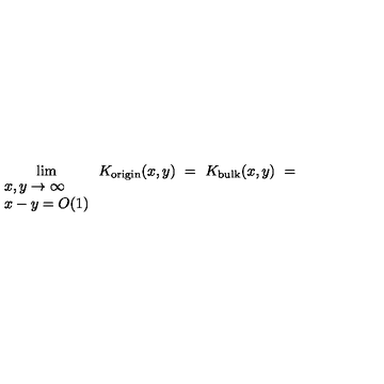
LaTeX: \lim _ { \begin{array} { l l } { x , y \to \infty } \\ { x - y = O ( 1 ) } \\ \end{array} } K _ { \mathrm { \tiny o r i g i n } } ( x , y ) \ = \ K _ { \mathrm { \tiny b u l k } } ( x , y ) \ = \c ^ { \prime } \ \frac { \sin ( x - y ) } { x - y } \ .